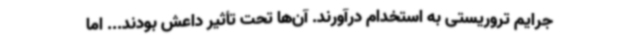
جرایم تروریستی به استخدام درآورند. آن‌ها تحت تأثیر داعش بودند... اما